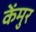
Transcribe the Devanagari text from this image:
केंमुर